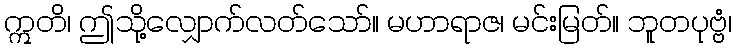
ဣတိ၊ ဤသို့လျှောက်လတ်သော်။ မဟာရာဇ၊ မင်းမြတ်။ ဘူတပုဗ္ဗံ၊